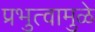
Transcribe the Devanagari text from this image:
प्रभुत्वामुळे